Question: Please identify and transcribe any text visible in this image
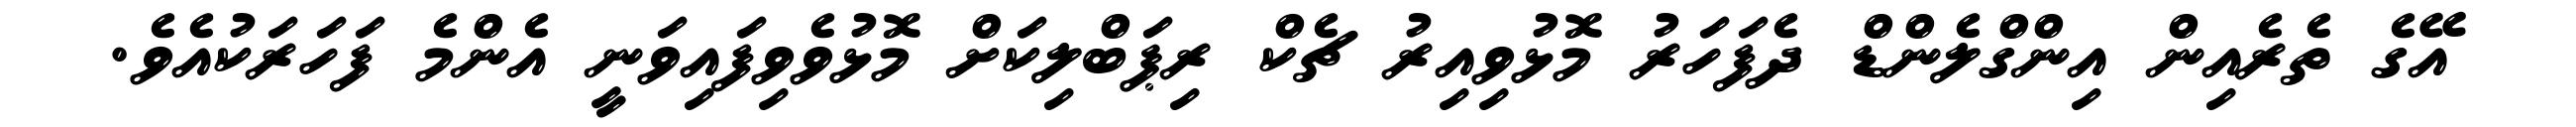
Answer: އޭގެ ތެރެއިން އިންގްލެންޑް ދެފަހަރު މޮޅުވިއިރު ޗެކް ރިޕަބްލިކަށް މޮޅުވެވިފައިވަނީ އެންމެ ފަހަރަކުއެވެ.